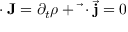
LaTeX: \mathbf { \partial } \cdot \mathbf { J } = \partial _ { t } \rho + { \vec { \mathbf { \nabla } } } \cdot { \vec { \mathbf { j } } } = 0